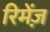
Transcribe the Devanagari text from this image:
रिमेंज़